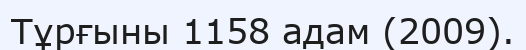
Тұрғыны 1158 адам (2009).